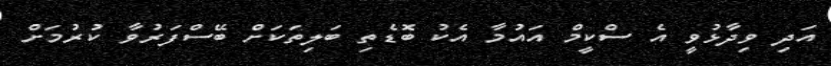
އަދި ވިދާޅުވީ އެ ސްކީމް އައުމާ އެކު ބޮޑެތި ބަލިތަކަށް ބޭސްފަރުވާ ކުރުމަށް